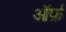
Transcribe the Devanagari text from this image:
ऑर्फ़